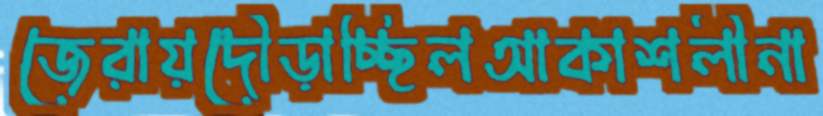
জেরায়দৌড়াচ্ছিলআকাশলীনা